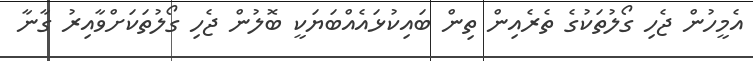
އެމީހުން ޖެހި ގޯލުތަކުގެ ތެރެއިން ތިން ބައިކުޅައެއްބަޔަކީ ބޮލުން ޖެހި ގޯލުތަކަށްވާއިރު ގާނާ